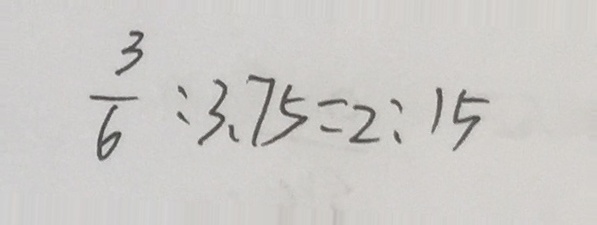
\frac { 3 } { 6 } : 3 . 7 5 = 2 : 1 5